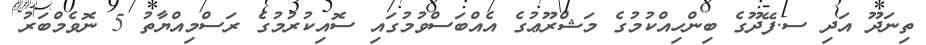
ތިނަދޫ އަދި ސ.ފޭދޫގެ ބިންހިއްކުމުގެ މަޝްރޫޢުގެ އެއްބަސްވުމުގައި ސޮއިކުރުމުގެ ރަސްމިއްޔާތު 5 ނޮވެމްބަރު